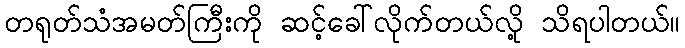
တရုတ်သံအမတ်ကြီးကို ဆင့်ခေါ်လိုက်တယ်လို့ သိရပါတယ်။